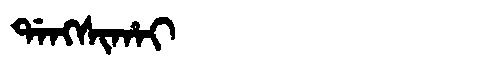
Manchu: ᡩᠠᠩᠰᡳᡥᠠᡳ
Romanization: DANGSIHAI